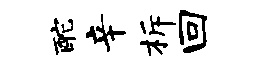
酡辛柝回